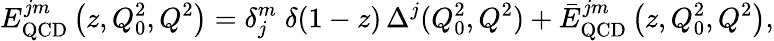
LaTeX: E_{\mathrm{QCD}}^{jm}\left(z,Q_{0}^{2},Q^{2}\right)=\delta_{j}^{m}\; \delta(1-z)\, \Delta^{j}(Q_{0}^{2},Q^{2})+\bar{E}_{\mathrm{QCD}}^{jm}\left(z,Q_{0}^{2},Q^{2}\right),